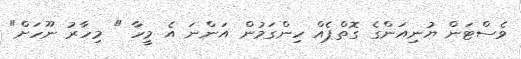
ވެސްޓަން ޔުނިއަންގެ ގޮތްޕެއް ހިންގަމުން އަންނަ އެ މީހާ " މިހާރު ނޫހަށް"